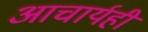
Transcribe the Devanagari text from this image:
आचार्यही